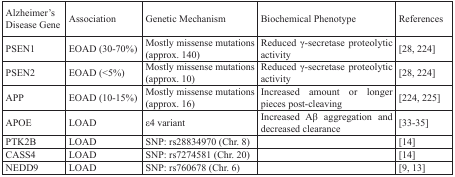
<table><thead><tr><td><b>Alzheimer&#x27;s Disease Gene</b></td><td><b>Association</b></td><td><b>Genetic Mechanism</b></td><td><b>Biochemical Phenotype</b></td><td><b>References</b></td></tr></thead><tbody><tr><td>PSEN1</td><td>EOAD (30-70%)</td><td>Mostly missense mutations (approx. 140)</td><td>Reduced γ-secretase proteolytic activity</td><td>[28, 224]</td></tr><tr><td>PSEN2</td><td>EOAD (&lt;5%)</td><td>Mostly missense mutations (approx. 10)</td><td>Reduced γ-secretase proteolytic activity</td><td>[28, 224]</td></tr><tr><td>APP</td><td>EOAD (10-15%)</td><td>Mostly missense mutations (approx. 16)</td><td>Increased amount or longer pieces post-cleaving</td><td>[224, 225]</td></tr><tr><td>APOE</td><td>LOAD</td><td>ε4 variant</td><td>Increased Aβ aggregation and decreased clearance</td><td>[33-35]</td></tr><tr><td>PTK2B</td><td>LOAD</td><td>SNP: rs28834970 (Chr. 8)</td><td></td><td>[14]</td></tr><tr><td>CASS4</td><td>LOAD</td><td>SNP: rs7274581 (Chr. 20)</td><td></td><td>[14]</td></tr><tr><td>NEDD9</td><td>LOAD</td><td>SNP: rs760678 (Chr. 6)</td><td></td><td>[9, 13]</td></tr></tbody></table>